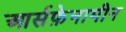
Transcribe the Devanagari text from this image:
आर्सफ़ेनामीन